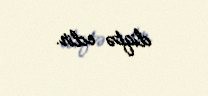
diqtə edir.